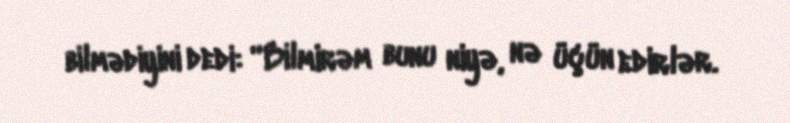
bilmədiyini dedi: “Bilmirəm bunu niyə, nə üçün edirlər.